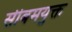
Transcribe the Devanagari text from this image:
सीबमयुक्त